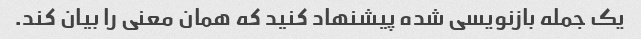
یک جمله بازنویسی شده پیشنهاد کنید که همان معنی را بیان کند.